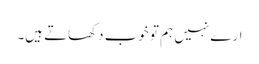
ارے نہیں ہم تو خوب دکھاتے ہیں۔